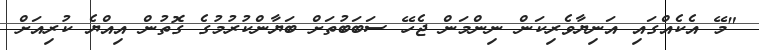
"މޭ އެކެއްގައި އަނިޔާވެރިކަން ނިންމަން ޖެހޭ ސަބަބުތަށް ބަޔާންކުރުމުގެ ގޮތުން އިއްޔެ ކުރިއަށް